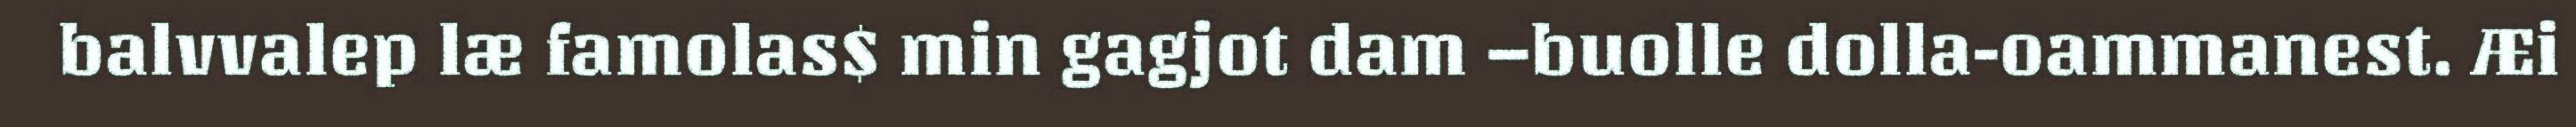
balvvalep læ famolas$ min gagjot dam –buolle dolla-oammanest. Æi